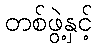
တစ်ဖွဲ့နှင့်